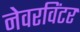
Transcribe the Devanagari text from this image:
नेवरविंटर